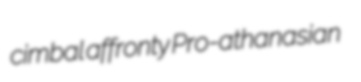
cimbal affronty Pro-athanasian